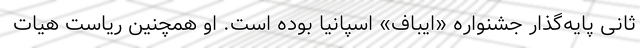
ثانی پایه‌گذار جشنواره «ایباف» اسپانیا بوده است. او همچنین ریاست هیات